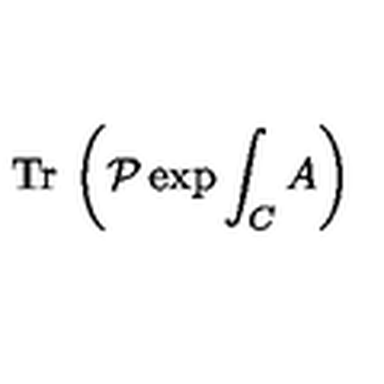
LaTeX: { \mathrm { T r } } \: \left( \mathcal { P } \exp { \int _ { C } A } \right)